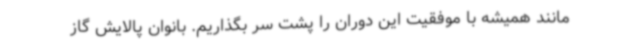
مانند همیشه با موفقیت این دوران را پشت سر بگذاریم. بانوان پالایش گاز